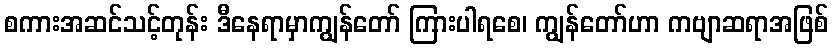
စကားအဆင်သင့်တုန်း ဒီနေရာမှာကျွန်တော် ကြားပါရစေ၊ ကျွန်တော်ဟာ ကဗျာဆရာအဖြစ်